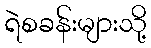
ရဲစခန်းများသို့